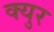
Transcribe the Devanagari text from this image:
क्युर